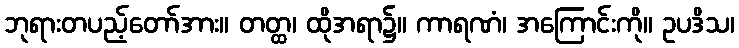
ဘုရားတပည့်တော်အား။ တတ္ထ၊ ထိုအရာ၌။ ကာရဏံ၊ အကြောင်းကို။ ဥပဒိသ၊